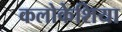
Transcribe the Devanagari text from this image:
कलोकेशिया